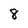
Character: 8